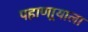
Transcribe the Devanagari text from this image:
पहाणार्‍याला